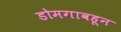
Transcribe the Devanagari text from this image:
डोमगावहून